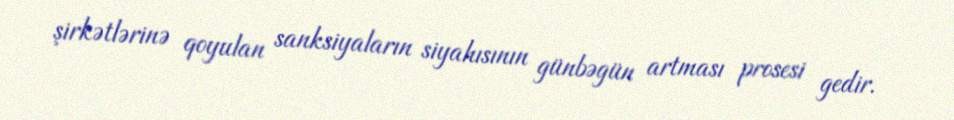
şirkətlərinə qoyulan sanksiyaların siyahısının günbəgün artması prosesi gedir.